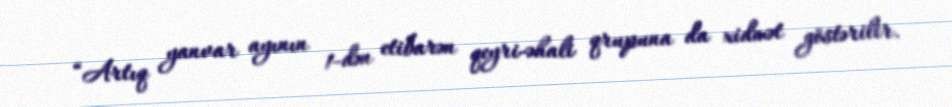
“Artıq yanvar ayının 1-dən etibarən qeyri-əhali qrupuna da xidmət göstərilir.